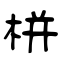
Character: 栟